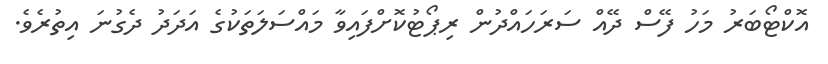
އޮކްޓޯބަރު މަހު ފޭސް ދޭއް ސަރަހައްދުން ރިޕޯޓުކޮށްފައިވާ މައްސަލަތަކުގެ އަދަދު ދެގުނަ އިތުރެވެ.